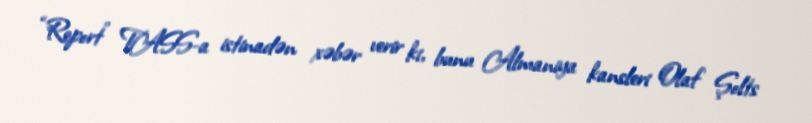
“Report” TASS-a istinadən xəbər verir ki, bunu Almaniya kansleri Olaf Şolts